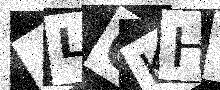
Text: 4LOKHB